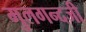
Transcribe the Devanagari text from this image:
मुलगन्दजी